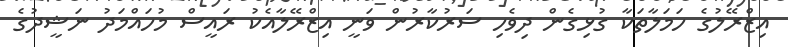
އިޒްރޭލުގެ ހަމަލާތަކާ ގުޅިގެން ދިވެހި ސަރުކާރުން ވަނީ އިޒްރޭލާއެކު ރައީސް މުހައްމަދު ނަޝީދުގެ